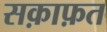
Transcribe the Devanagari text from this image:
सक़ाफ़त